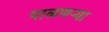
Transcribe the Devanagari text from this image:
पाळणऱ्या